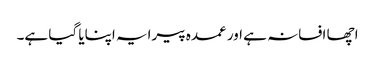
اچھا افسانہ ہے اور عمدہ پیرایہ اپنایا گیا ہے۔